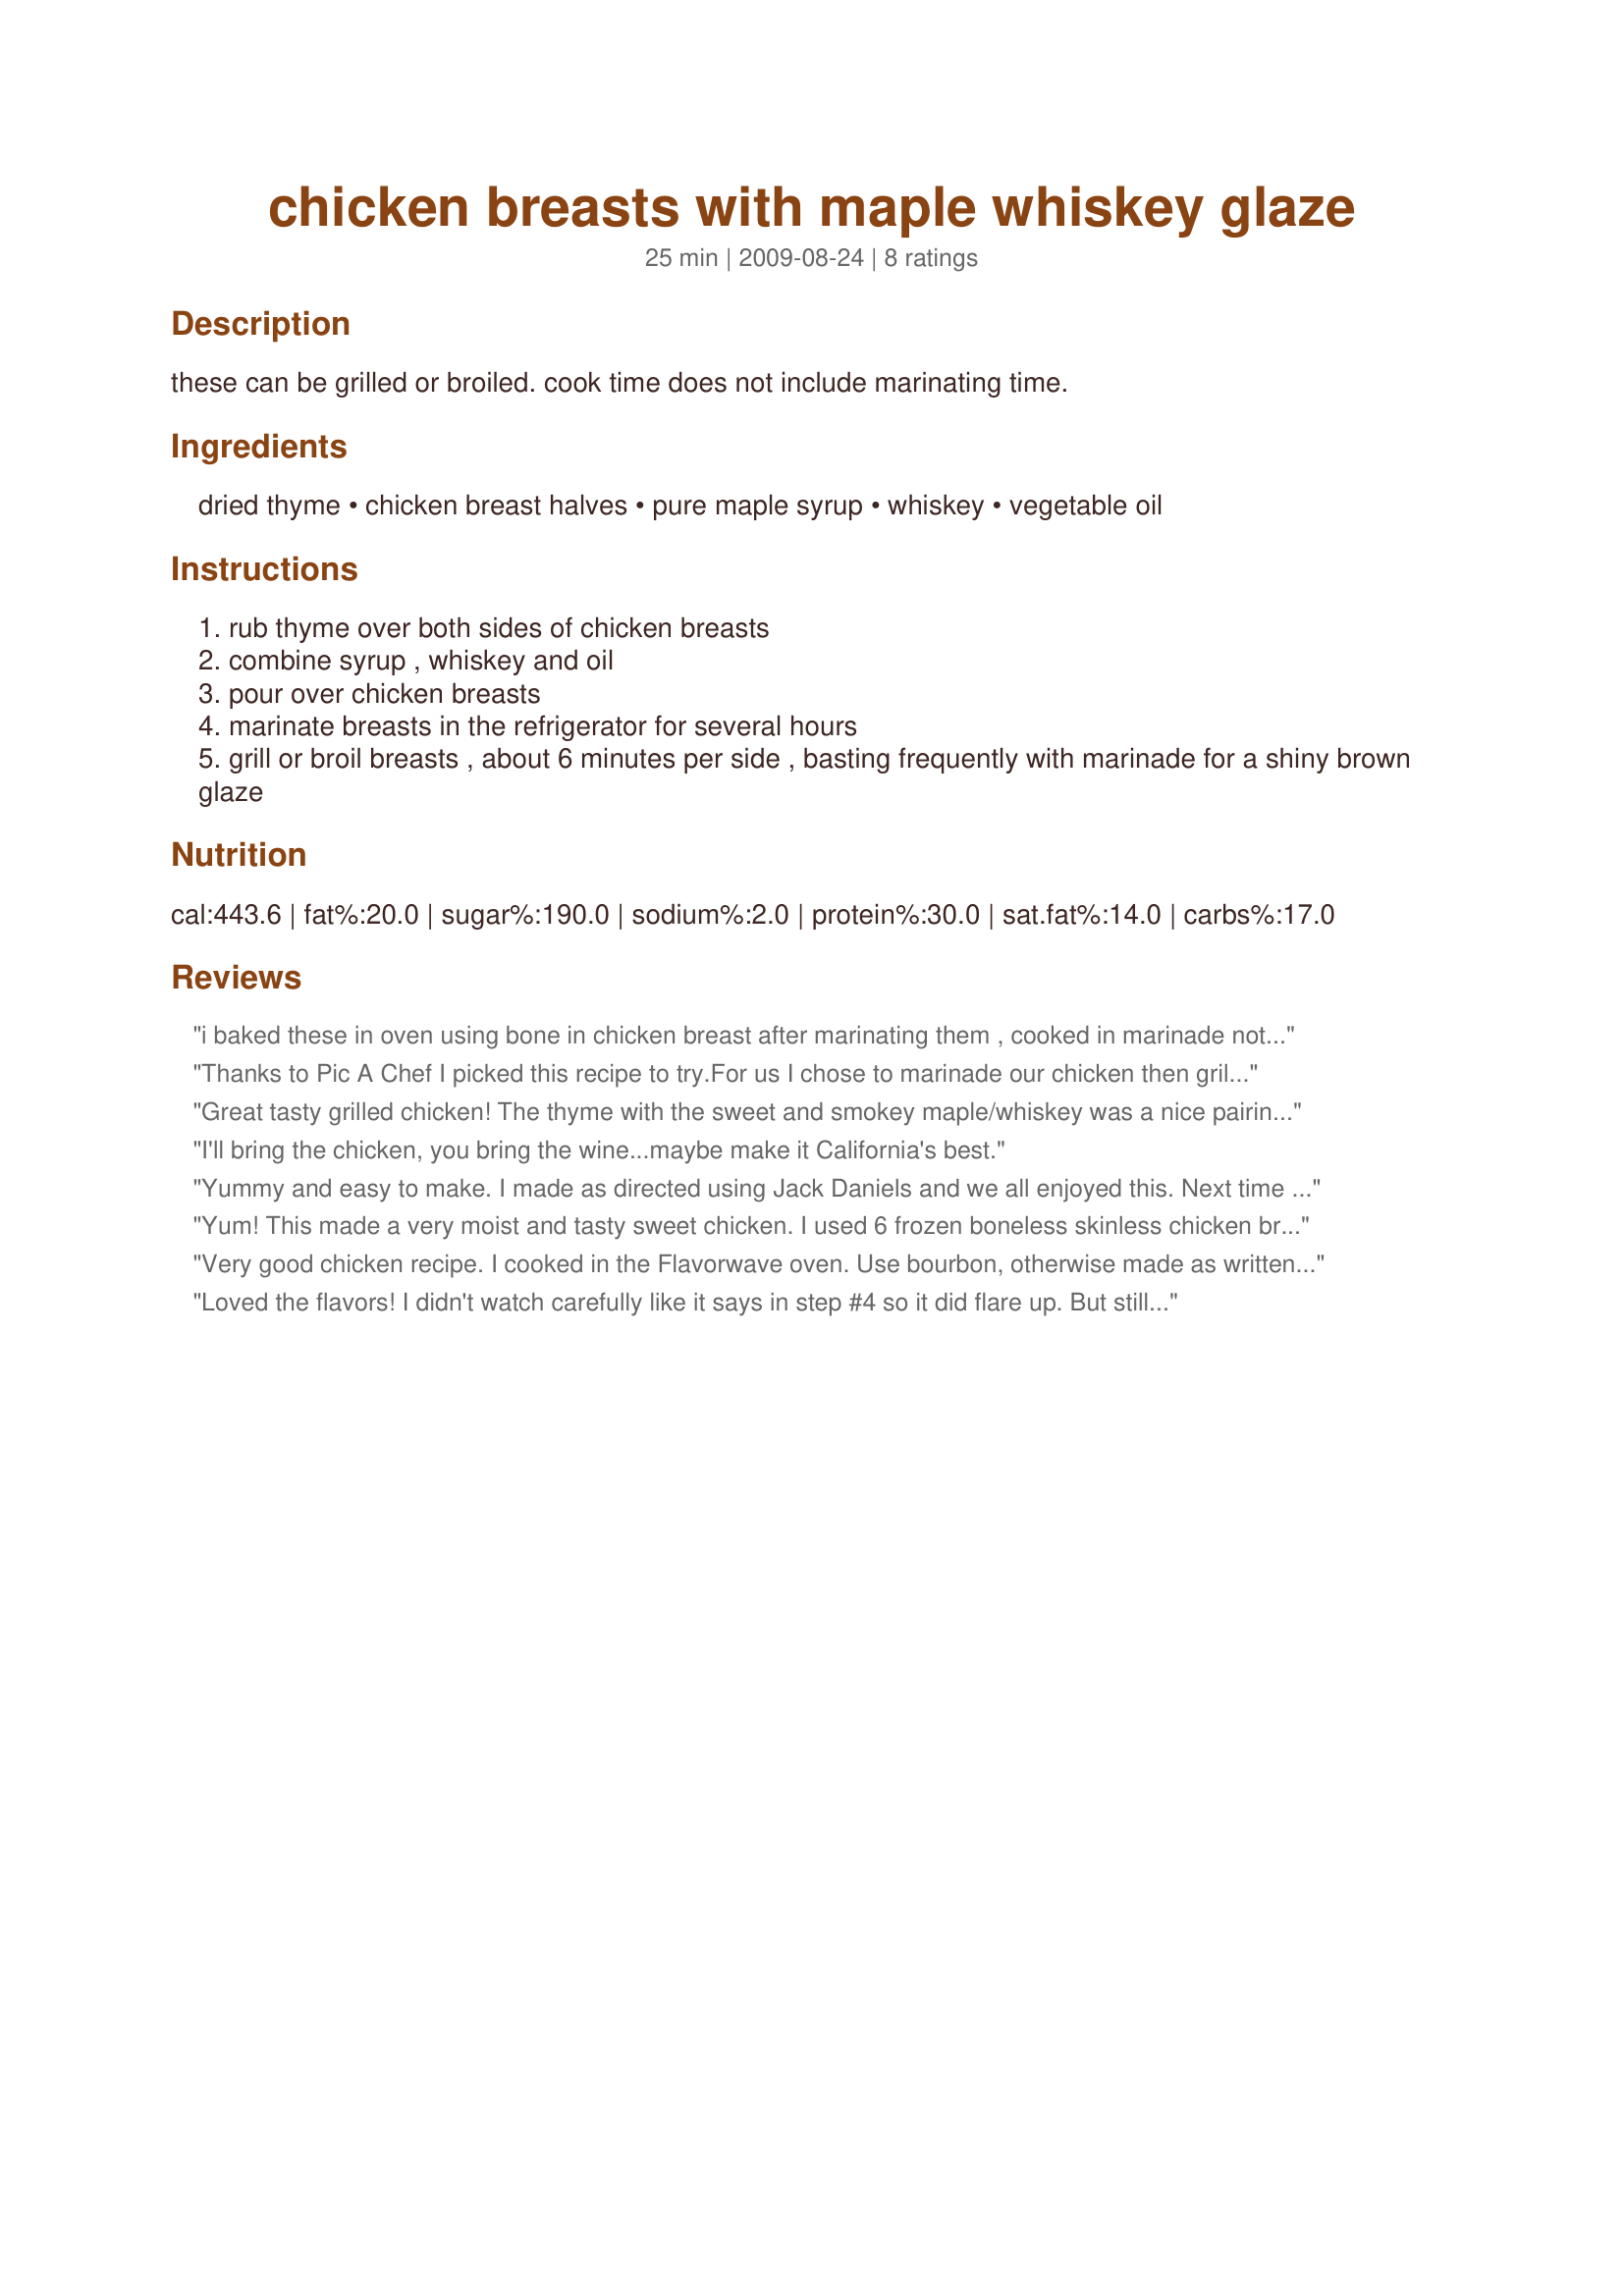
chicken breasts with maple whiskey glaze
Preparation time: 25 minutes

these can be grilled or broiled. cook time does not include marinating time.

Ingredients:
dried thyme, chicken breast halves, pure maple syrup, whiskey, vegetable oil

Steps:
rub thyme over both sides of chicken breasts
combine syrup , whiskey and oil
pour over chicken breasts
marinate breasts in the refrigerator for several hours
grill or broil breasts , about 6 minutes per side , basting frequently with marinade for a shiny brown glaze

Reviews:
i baked these in oven using bone in chicken breast after marinating them , cooked in marinade not dry this way really good another keeper mikekey
Thanks to Pic A Chef I picked this recipe to try.<br/><br/>For us I chose to marinade our chicken then grill it.<br/><br/>The chicken came out so good on the grill. We were surprised with the flavor. <br/><br/>Nice marinade for the grill
Great tasty grilled chicken! The thyme with the sweet and smokey maple/whiskey was a nice pairing. Enjoyed this - thanks for sharing your recipe!
I'll bring the chicken, you bring the wine...maybe make it California's best.
Yummy and easy to make. I made as directed using Jack Daniels and we all enjoyed this. Next time I would marinate the breasts like another reviewer did to try and get more of the flavor through the chicken.
Yum! This made a very moist and tasty sweet chicken. I used 6 frozen boneless skinless chicken breast tenders...mixed the thyme into the marinade...put it all in a ziploc bag...and let it marinate and defrost at the same time for a couple hours at room temperature. I broiled them. The thyme and maple flavors are dominate...I couldn't really taste the whiskey (I used Jim Beam) which was fine with me but my Hubby would have liked to. Made for kittencalskitchen.com tag game.
Very good chicken recipe. I cooked in the Flavorwave oven. Use bourbon, otherwise made as written. Made for Everyday is a Holiday.
Loved the flavors! I didn't watch carefully like it says in step #4 so it did flare up. But still was delicious and tasty. A tad bit on the dry side...my doing...next time I will hang closer to the grill. :) Thanks for posting.
